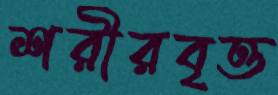
শরীরবৃত্ত